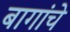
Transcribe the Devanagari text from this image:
बागांचे